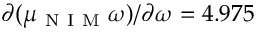
\partial ( \mu _ { \mathrm { ~ N ~ I ~ M ~ } } \omega ) / \partial \omega = 4 . 9 7 5